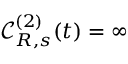
{ \mathcal C } _ { R , s } ^ { ( 2 ) } ( t ) = \infty